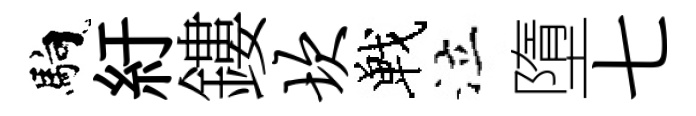
馿紆鏤坎戰泣墮七